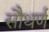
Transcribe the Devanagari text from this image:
सौथर्ण